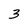
Character: 3